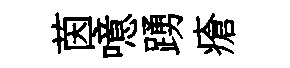
茵噫踴瘡